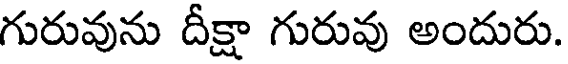
గురువును దీక్షా గురువు అందురు.